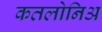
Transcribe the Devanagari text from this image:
कतलोनिअ